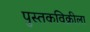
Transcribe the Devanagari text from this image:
पुस्तकविक्रीला